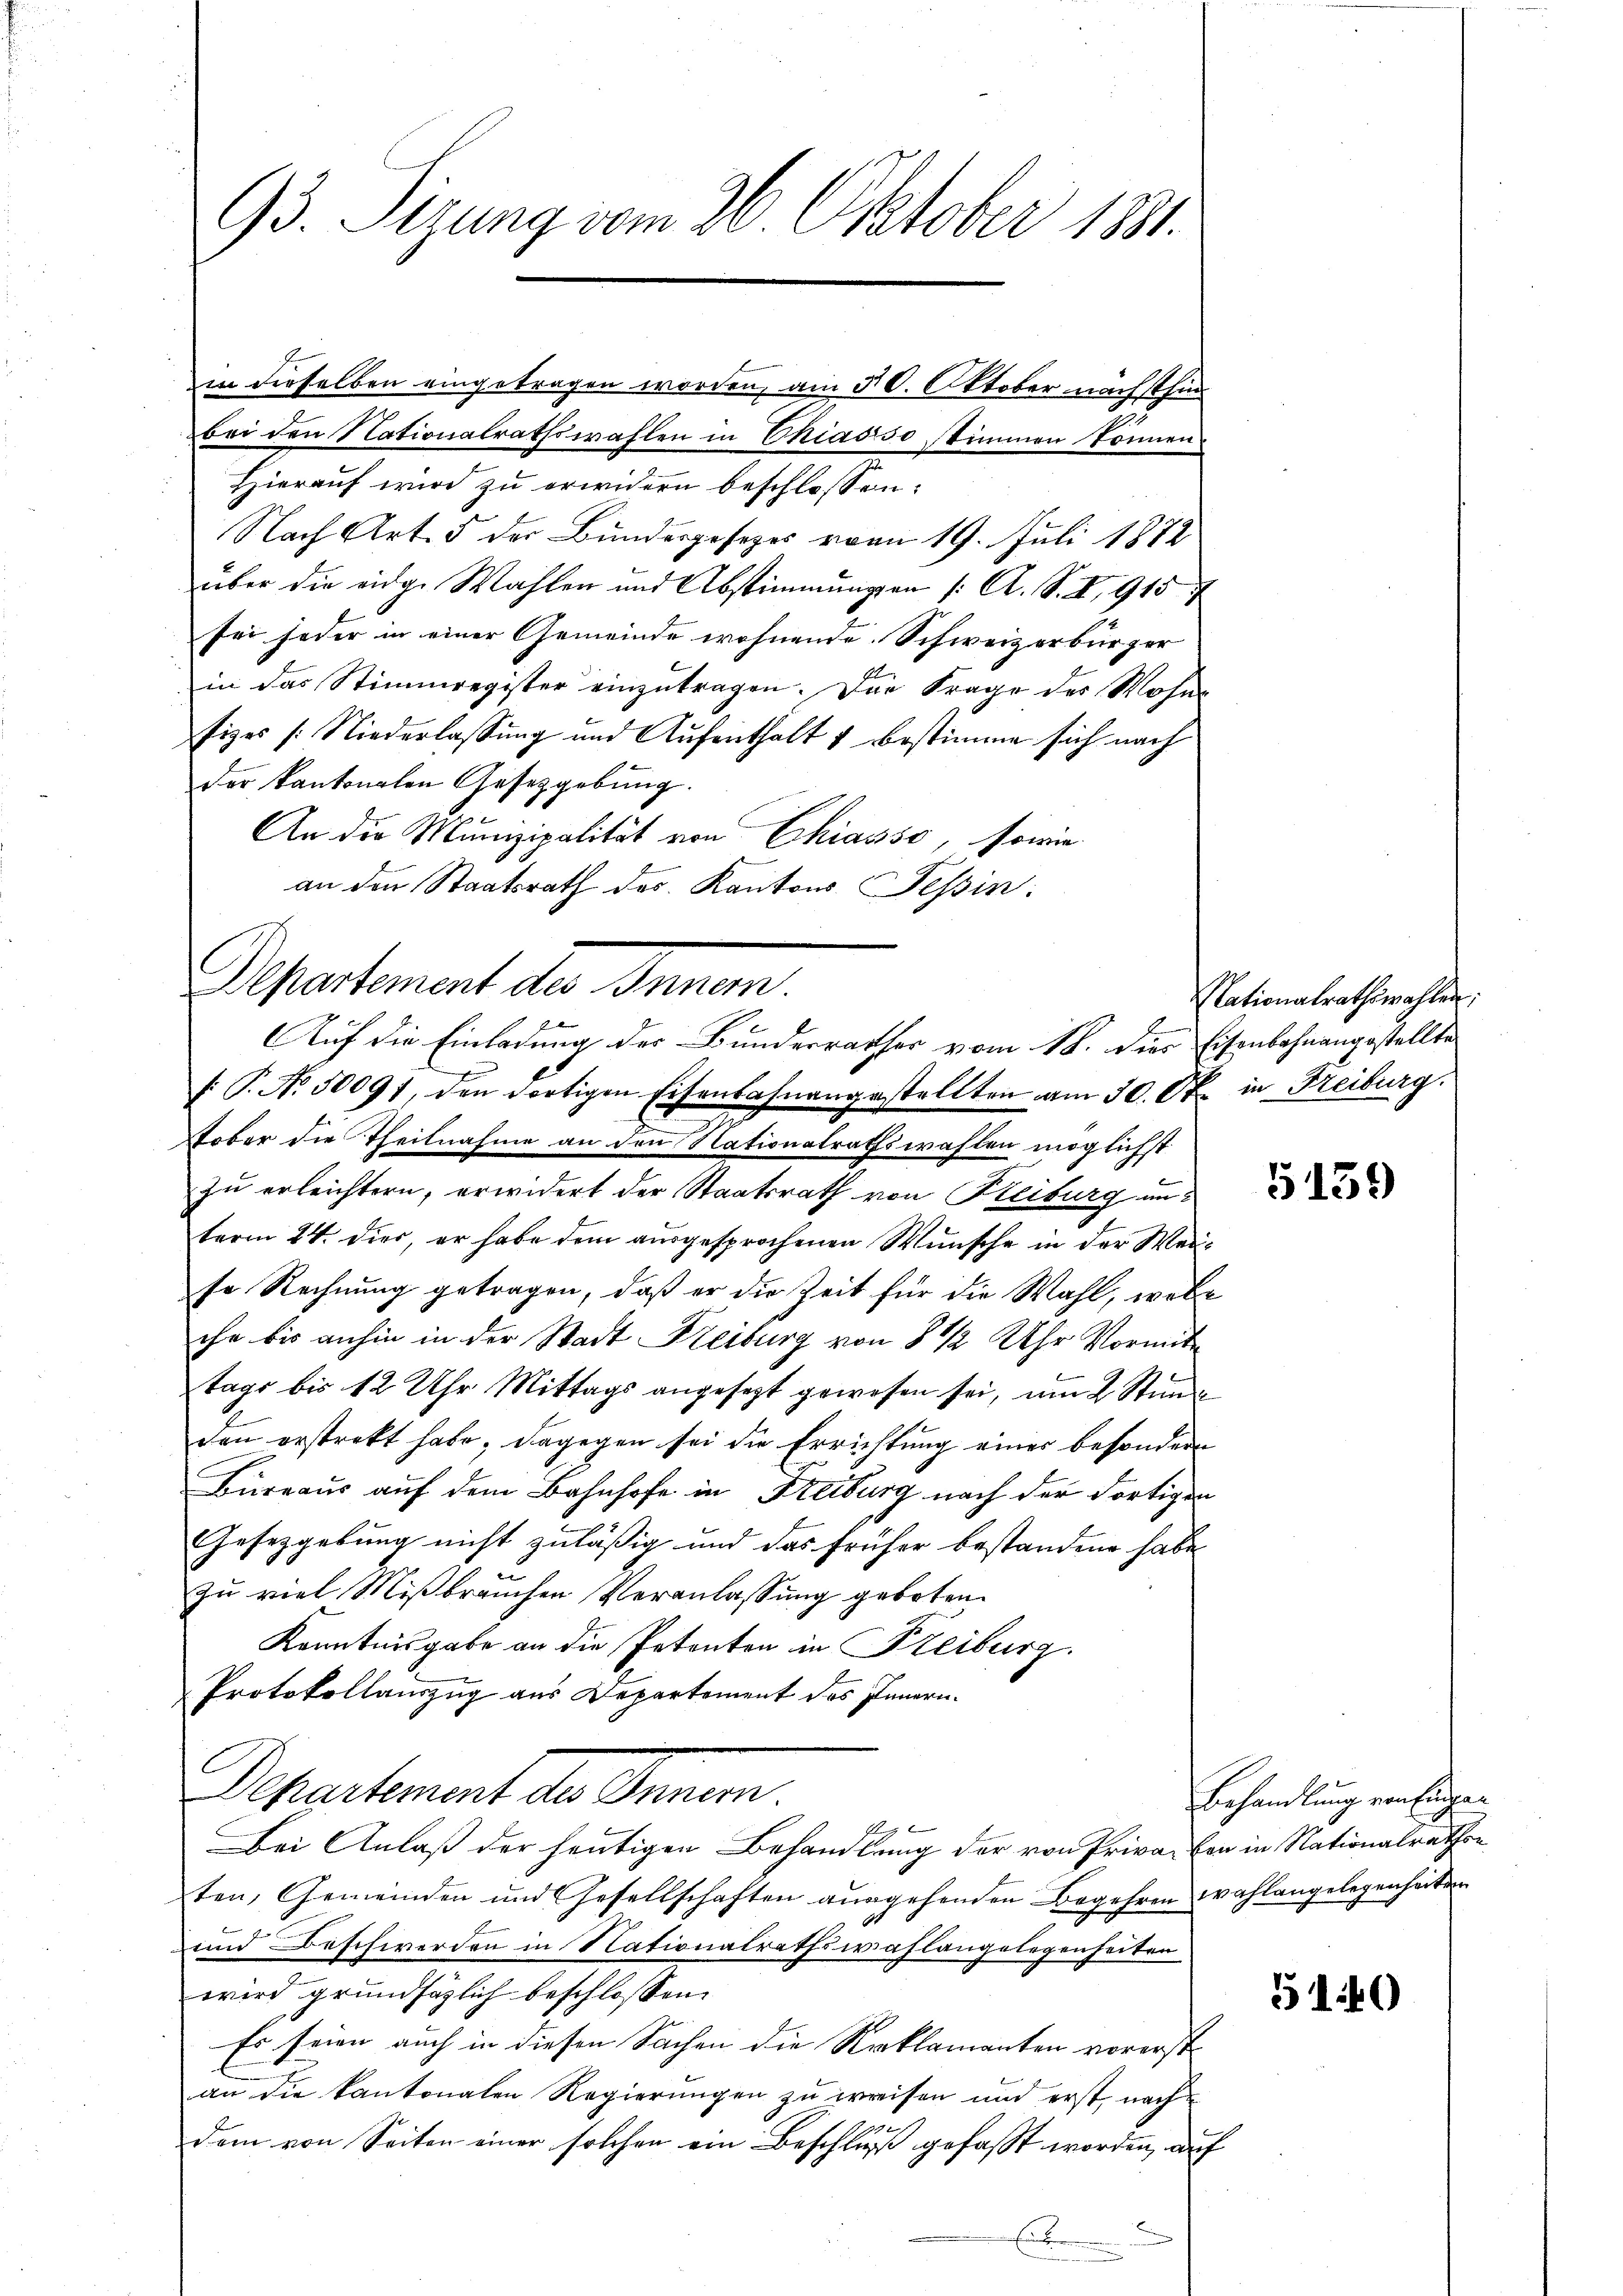
93. Sizung vom 26. Oktober 1881.
in dieselben eingetragen worden, am 30. Oktober nachsthin
bei den Nationalrathswahlen in Chiasso stimmen können.

Hierauf wird zu erwidern beschlossen:
Nach Art. 5 der Bundesgesezes vom 19. Juli 1872
über die eidge Wahlen und Abstimmungen /: A. S. Z. 9157
sei jeder in einer Gemeinde wohnende Schweizerbürger
in das Stimmregister einzutragen. Der Frage des Mohn-
fizes /: Niederlassung und Aufenthalt & bestimme sich nach
der kantonalen Gesetzgebung.
An die Munizipalität von Chiasso, sowie
an den Staatsrath des Kantons Tessin:
Departement des Innen.
tober die Theilnahme an den Nationalrathswahlen möglichst
zu erleichtern, erwidert der Staatsrath von Freiburg unterm 24. dies, er habe dem ausgesprochenen Wünsche in der Weise Rechnung getragen, daß er die Zeit für die Wahl, wobe
che bis anhin in der Stadt Freiburg von 8 1/2 Uhr Vormit
tage bis 12 Uhr Mittags angesezt gewesen sei, um 2 Stunde
den erstrekt habe; dagegen sei die Errichtung einer besondern
Bureaus auf dem Bahnhofe in Freiburg nach der Fortigen
Gesetzgebung nicht zuläßig und das früher bestandene habe
zu viel Mißbräuchen Veranlassung geboten.
Kenntnisgabe an die Petenten in Freiburg.
Protokollauszug aus Departement des Innern.
Schertement der Traum.
Bei Anlaß der heutigen Behandlung der von Priva von in Nationalrathen
ten, Gemeinden und Gesellschaften ausgehenden Begehren wahlangelegenheiten
und Beschwerden in Nationalrathswahlangelegenheiten
wird grundsätzlich beschlossen:
Es seien auch in diesen Sachen die Reklamanten vorerst
an die kantonalen Regierungen zu erreisen und erst nach
2
dem von Seiten einer solchen ein Beschluß gefasst worden, auf

Auf die Einladung des Bunderrathes vom 18. dies Eisenbahnangestellte
s: T. No. 50091, den dortigen Eisenbahnangestellten am 30. Okt in Freiburg.

Nationalrathswahlen;

5139

Behandlung von Eigen

5140